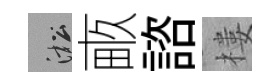
淞畞諮樓